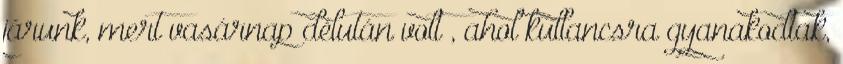
járunk, mert vasárnap délután volt , ahol kullancsra gyanakodtak,